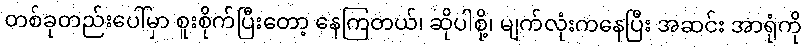
တစ်ခုတည်းပေါ်မှာ စူးစိုက်ပြီးတော့ နေကြတယ်၊ ဆိုပါစို့၊ မျက်လုံးကနေပြီး အဆင်း အာရုံကို